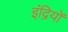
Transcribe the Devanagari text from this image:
इंद्रियोँ